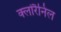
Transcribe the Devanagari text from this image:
क्लोरैनिल